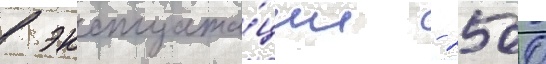
в эксплуата́ции - 2500